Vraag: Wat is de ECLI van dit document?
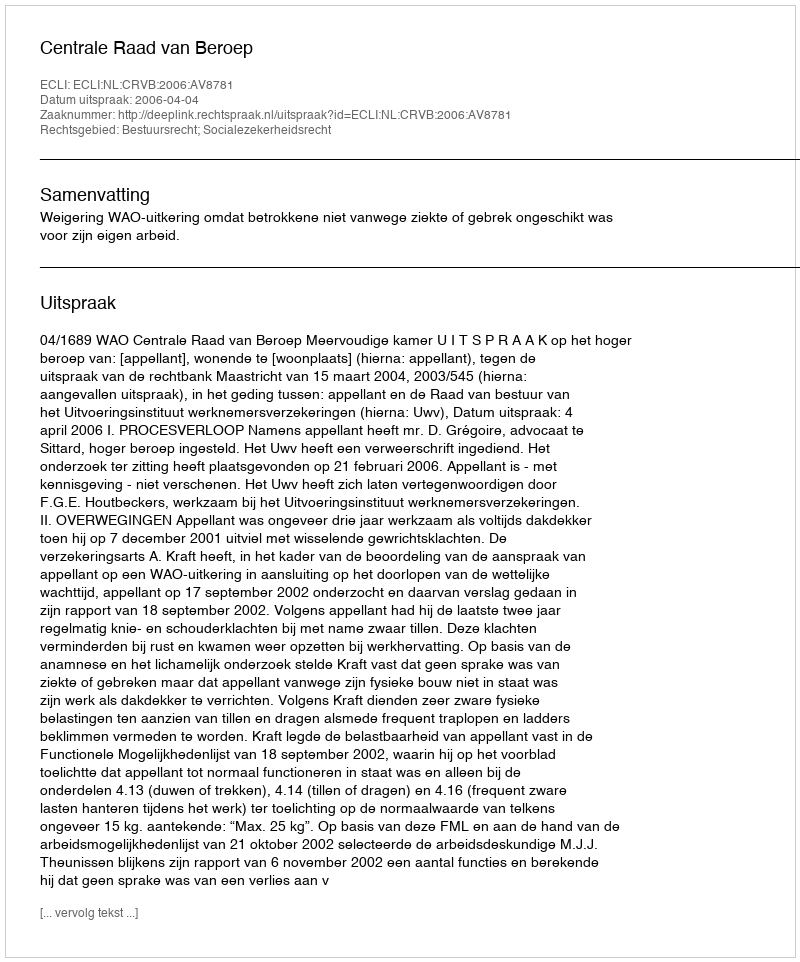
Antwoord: ECLI:NL:CRVB:2006:AV8781